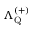
\Lambda _ { \mathrm { Q } } ^ { ( + ) }